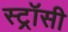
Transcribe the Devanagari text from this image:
स्ट्रॉसी